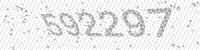
Solution: 592297